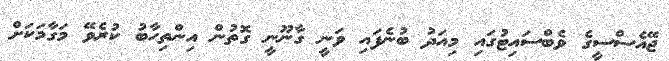
ޖޭއެސްސީގެ ވެބްސައިޓުގައި މިއަދު ބުނެފައި ވަނީ ގާނޫނީ ގޮތުން އިންތިހާބު ކުރެވޭ މަގާމަކަށް